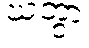
ဃတွာ